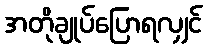
အတိုချုပ်ပြောရလျှင်